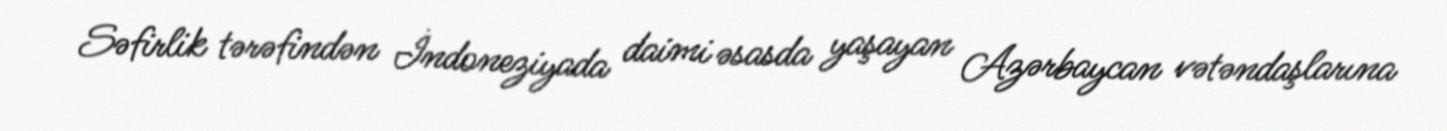
Səfirlik tərəfindən İndoneziyada daimi əsasda yaşayan Azərbaycan vətəndaşlarına